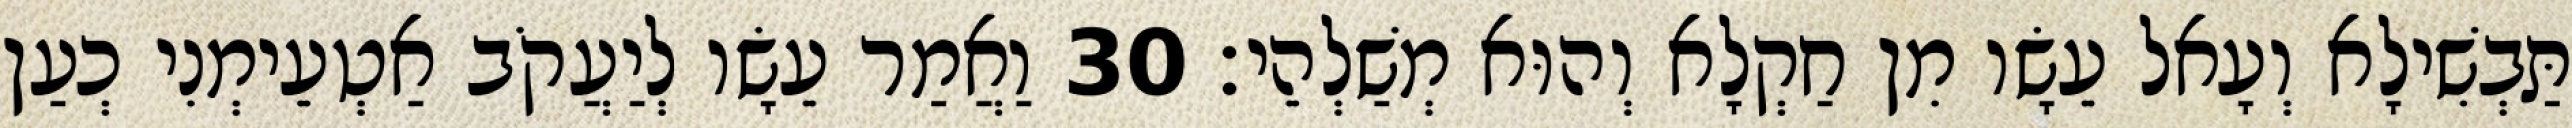
תַּבְשִׁילָא וְעָאל עֵשָׂו מִן חַקְלָא וְהוּא מְשַׁלְהֵי׃ 30 וַאֲמַר עֵשָׂו לְיַעֲקֹב אַטְעֵימְנִי כְעַן